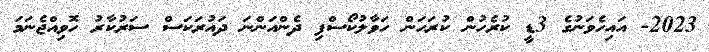
2023- އައިހެވަނުގެ 3ޑީ ކުރެހުން ކުރަހަން ހަވާލުކޯސްފި ދެންއަންނަ ދައުރަކަސް ސަރުކާރު ހޮވިއްޖެނަމަ